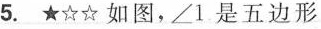
5. ★☆☆如图，\angle 1是五边形